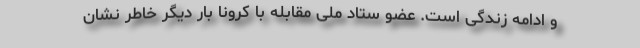
و ادامه زندگی است. عضو ستاد ملی مقابله با کرونا بار دیگر خاطر نشان